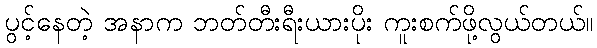
ပွင့်နေတဲ့ အနာက ဘတ်တီးရီးယားပိုး ကူးစက်ဖို့လွယ်တယ်။